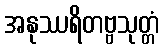
အနုဿရိတဗ္ဗသုတ္တံ